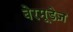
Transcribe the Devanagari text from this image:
बेरमूडेज़